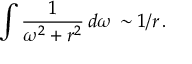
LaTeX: \int \frac { 1 } { \omega ^ { 2 } + r ^ { 2 } } \, d \omega \, \sim 1 / r \, .